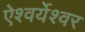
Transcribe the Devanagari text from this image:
ऐश्वर्येश्वर